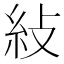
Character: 𥾲